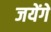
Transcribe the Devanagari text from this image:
जयेंगे